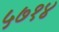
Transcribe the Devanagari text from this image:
५७१४